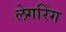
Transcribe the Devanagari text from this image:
लेगरिंग